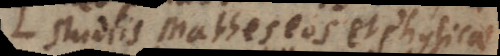
studiis Matheseos et Physicae